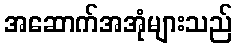
အဆောက်အအုံများသည်